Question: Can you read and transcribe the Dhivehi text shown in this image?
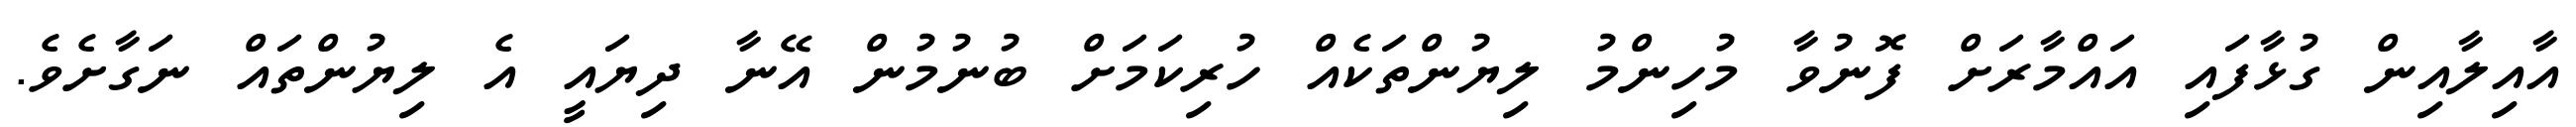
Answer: އާއިލާއިން ގުޅާފައި އައްމާރަށް ފޮނުވާ މުހިންމު ލިޔުންތަކެއް ހުރިކަމަށް ބުނުމުން އޭނާ ދިޔައީ އެ ލިޔުންތައް ނަގާށެވެ.